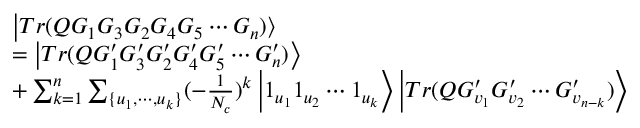
\begin{array} { l } { { \left| T r ( Q G _ { 1 } G _ { 3 } G _ { 2 } G _ { 4 } G _ { 5 } \cdots G _ { n } ) \right\rangle } } \\ { { = \left| T r ( Q G _ { 1 } ^ { \prime } G _ { 3 } ^ { \prime } G _ { 2 } ^ { \prime } G _ { 4 } ^ { \prime } G _ { 5 } ^ { \prime } \cdots G _ { n } ^ { \prime } ) \right\rangle } } \\ { { + \sum _ { k = 1 } ^ { n } \sum _ { \{ u _ { 1 } , \cdots , u _ { k } \} } ( - \frac 1 { N _ { c } } ) ^ { k } \left| 1 _ { u _ { 1 } } 1 _ { u _ { 2 } } \cdots 1 _ { u _ { k } } \right\rangle \left| T r ( Q G _ { v _ { 1 } } ^ { \prime } G _ { v _ { 2 } } ^ { \prime } \cdots G _ { v _ { n - k } } ^ { \prime } ) \right\rangle } } \end{array}